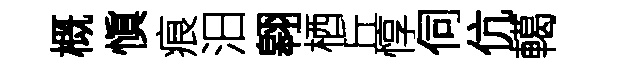
概愼痕汨翱栖丘惇伺伉轕